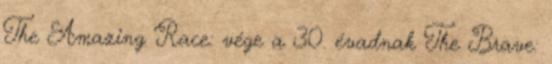
The Amazing Race: vége a 30. évadnak The Brave: